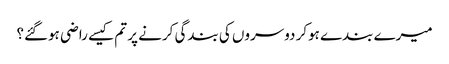
میرے بندے ہوکر دوسروں کی بندگی کرنے پر تم کیسے راضی ہوگئے؟